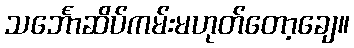
သင်္ဘောဆိပ်ကမ်းမဟုတ်တော့ချေ။